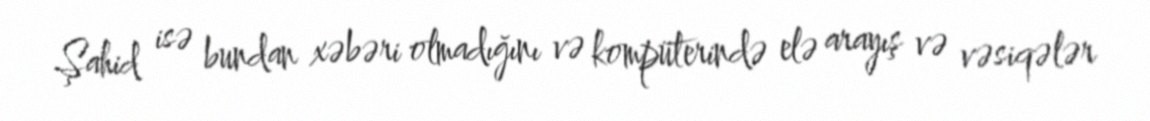
Şahid isə bundan xəbəri olmadığını və kompüterində elə arayış və vəsiqələr